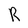
Character: R